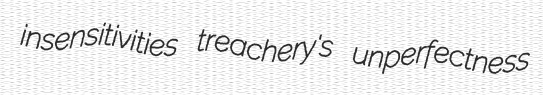
insensitivities treachery's unperfectness